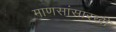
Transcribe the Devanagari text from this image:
माणसांसारखी